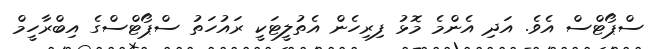
ސްޕޯޓްސް އެވެ. އަދި އެންމެ މޮޅު ފިރިހެން އެތުލީޓަކީ ރައުހަތު ސްޕޯޓްސްގެ އިބްރާހީމް